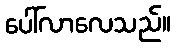
ပေါ်လာလေသည်။